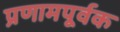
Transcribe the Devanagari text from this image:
प्रणामपूर्वक